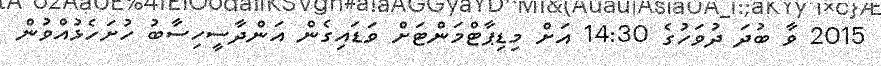
2015 ވާ ބުދަ ދުވަހުގެ 14:30 އަށް މިޑިޕާޓްމަންޓަށް ވަޑައިގެން އަންދާސީހިސާބު ހުށަހެޅުއްވުން